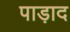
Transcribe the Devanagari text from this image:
पाड़ाद